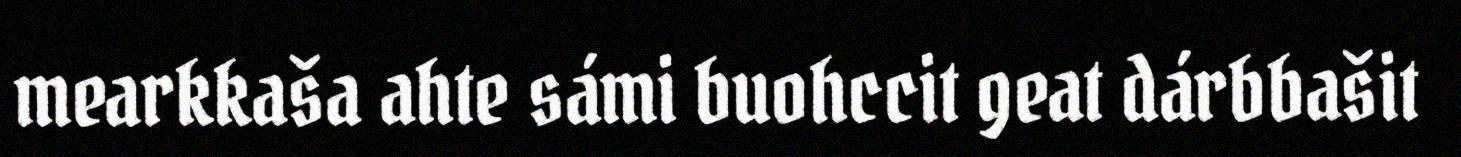
mearkkaša ahte sámi buohccit geat dárbbašit